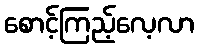
စောင့်ကြည့်လေ့လာ